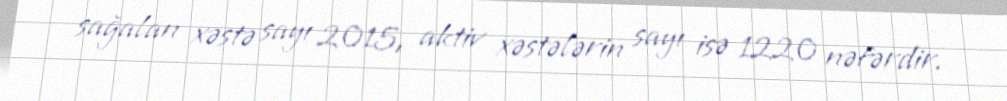
sağalan xəstə sayı 2015, aktiv xəstələrin sayı isə 1220 nəfərdir.